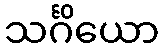
သင်္ဂိယော